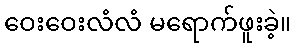
ဝေးဝေးလံလံ မရောက်ဖူးခဲ့။